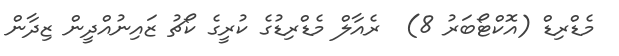
މެޑްރިޑް (އޮކްޓޯބަރު 8)  ރެއާލް މެޑްރިޑުގެ ކުރީގެ ކޯޗު ޒައިނުއްދީން ޒިދާން